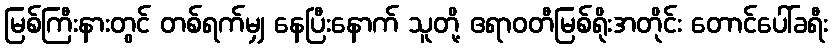
မြစ်ကြီးနားတွင် တစ်ရက်မျှ နေပြီးနောက် သူတို့ ဧရာဝတီမြစ်ရိုးအတိုင်း တောင်ပေါ်ခရီး